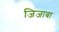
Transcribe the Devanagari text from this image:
जिजाबा